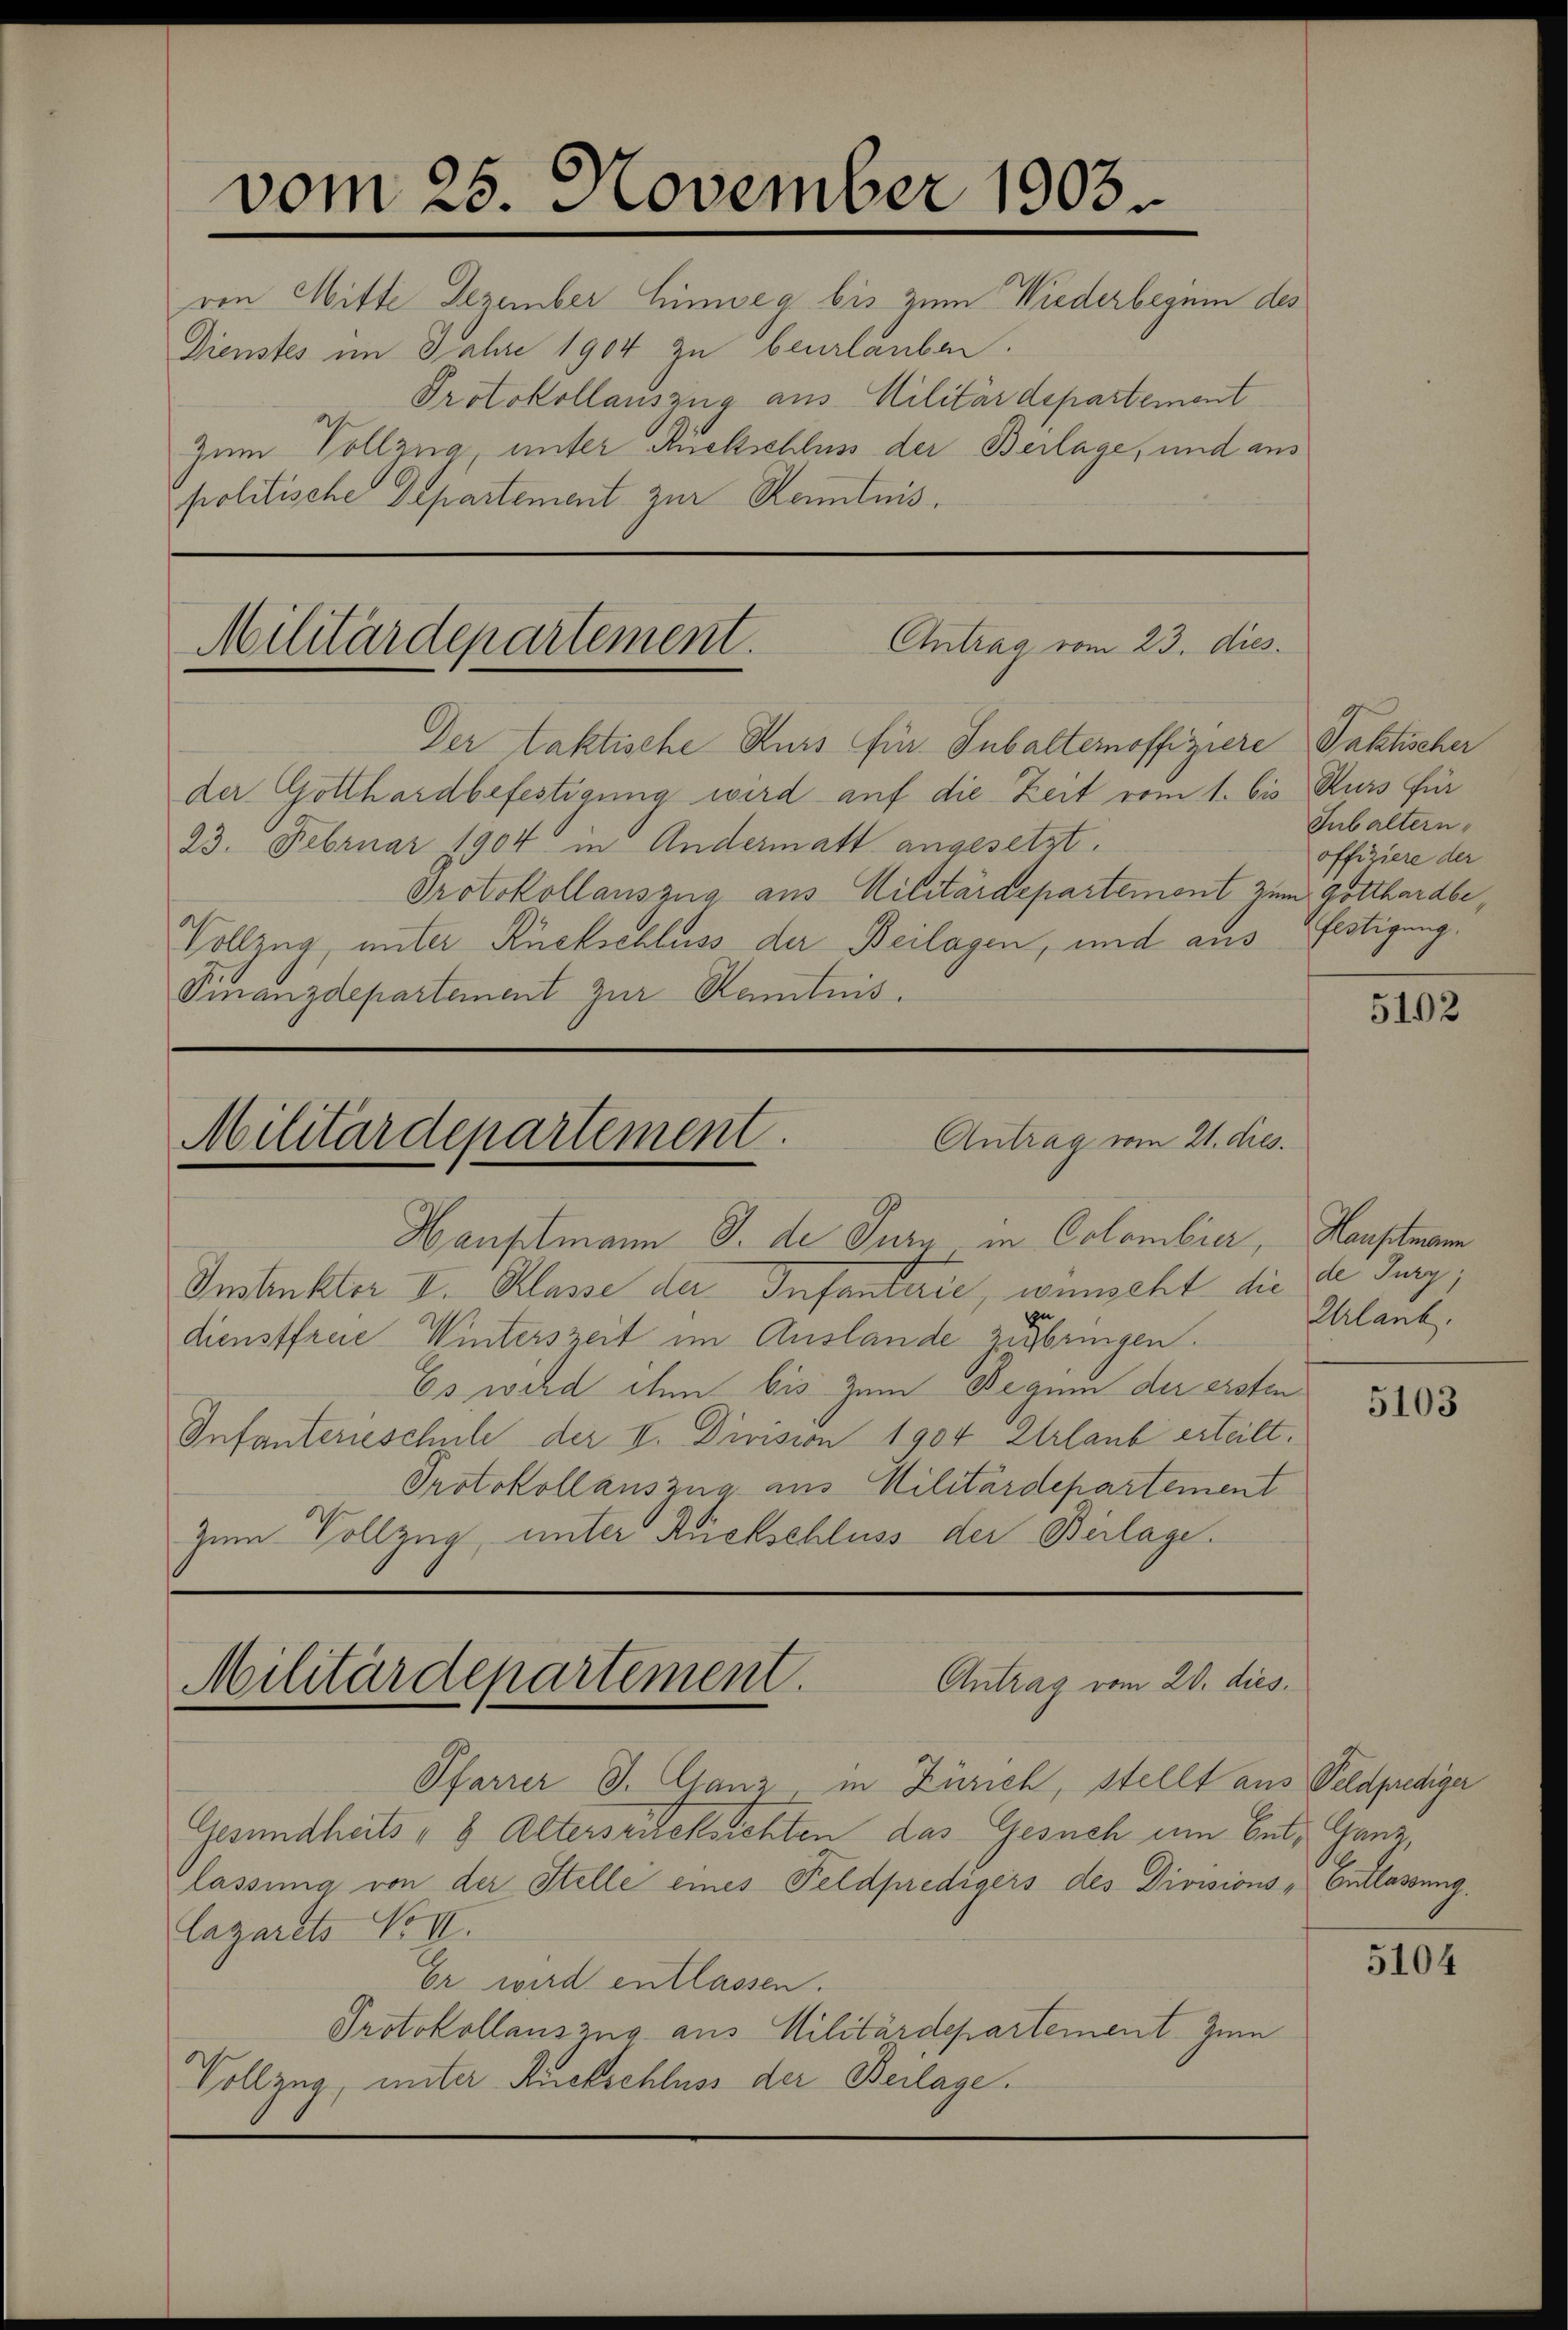
vom 25. November 1903.
von Mitte Dezember Hinweg bis zum Wiederbegein des
Dienstes im Jahre 1904 zu beurlauben.
Protokollauszug aus Militärdepartement
Zum Vollzug, unter Rückschluss der Beilage, und aus
politische Separtement zur Kenntnis.

Antrag vom 23. dies
Militärdepartement.
Der taktische Kurs für Inbalternoffiziere Taktischer

der Gotthardbefestigung wird auf die Zeit vom 1. bis Kurs für
23. Februar 1904 in Andermatt angesetzt.
Protokollauszug aus Militärdepartement zum Gotthardbe¬
Vollzug, unter Rückschluss der Beilagen, und aus
Finanzdepartement zur Kenntnis.

Hauptmann J. de Turn in Colombier,
Instruktor I. Klasse der Infanterie, wünscht die
zu
dienstfreie Winterszeit im Auslande zugbringen.
Es wird ihm bis zum Begum der ersten
Infanterieschule der II. Division 1904 Urlaub erteilt.
Protokollauszug aus Militärdepartement
Zum Vollzug, unter Rückschluss der Beilage.

Pfarrer J. Glanz in Zürich, stellt aus Feldprediger
Gesundheits - 8 Altersrücksichten das Gesuch um Ent- Ganz,
lassung von der Stelle eines Feldpredigers des Divisions-Entlassung.
lazarets No II.
Er wird entlassen.
Protokollauszug aus Militärdepartement zum
Vollzug, unter Rückschluss der Beilage.

Militärdepartement.
Antrag vom 21. dies.

Militärdepartement.
Antrag vom 20. dies.

Subaltern,
offiziere der
flstigung.

5102

Hauptmann
de Jury,
Uhlank,

5103

5104